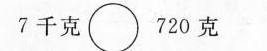
7千克\circ720克